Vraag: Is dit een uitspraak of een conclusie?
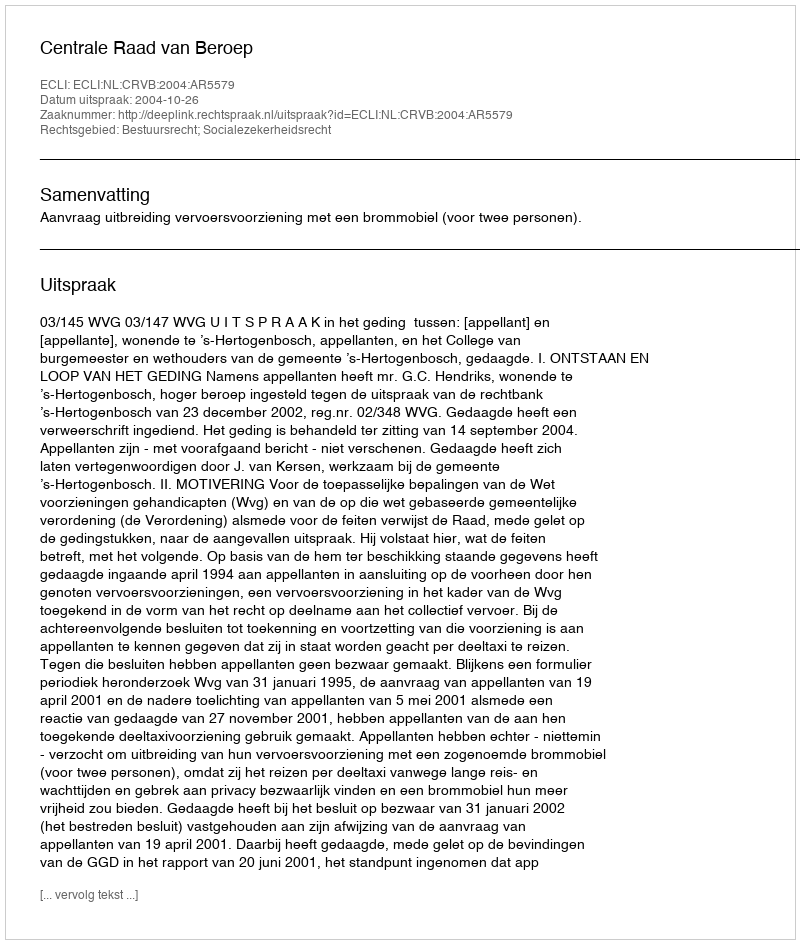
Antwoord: Uitspraak